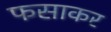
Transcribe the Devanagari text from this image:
फसाकर